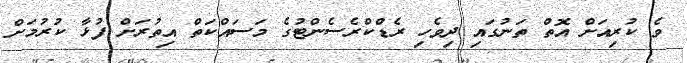
ވެ ކުރިއަށް އޮތް ތަނުގައި ދިވެހި ރެޑްކްރެސެންޓުގެ މަސައްކަތް އިތުރަށް ފުޅާ ކުރުމަށް